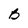
Character: B